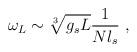
LaTeX: \begin{align*}\omega_L \sim \sqrt[3]{g_s L} {1\over N l_s}~,\end{align*}